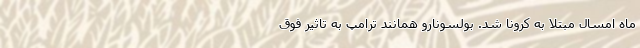
ماه امسال مبتلا به کرونا شد. بولسونارو همانند ترامپ به تاثیر فوق‌